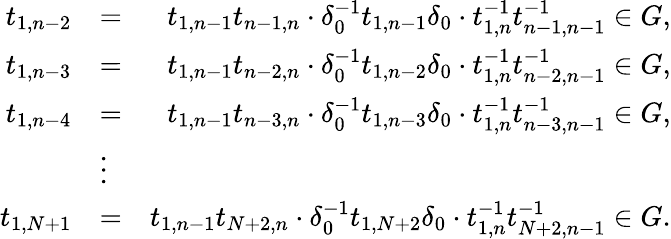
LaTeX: \begin{array}{rlr}{t_{1,n-2}}&{=}&{t_{1,n-1}t_{n-1,n}\cdot\delta_{0}^{-1}t_{1,n-1}\delta_{0}\cdot t_{1,n}^{-1}t_{n-1,n-1}^{-1}\in G,}\\ {t_{1,n-3}}&{=}&{t_{1,n-1}t_{n-2,n}\cdot\delta_{0}^{-1}t_{1,n-2}\delta_{0}\cdot t_{1,n}^{-1}t_{n-2,n-1}^{-1}\in G,}\\ {t_{1,n-4}}&{=}&{t_{1,n-1}t_{n-3,n}\cdot\delta_{0}^{-1}t_{1,n-3}\delta_{0}\cdot t_{1,n}^{-1}t_{n-3,n-1}^{-1}\in G,}\\ &{\vdots}&\\ {t_{1,N+1}}&{=}&{t_{1,n-1}t_{N+2,n}\cdot\delta_{0}^{-1}t_{1,N+2}\delta_{0}\cdot t_{1,n}^{-1}t_{N+2,n-1}^{-1}\in G.}\end{array}